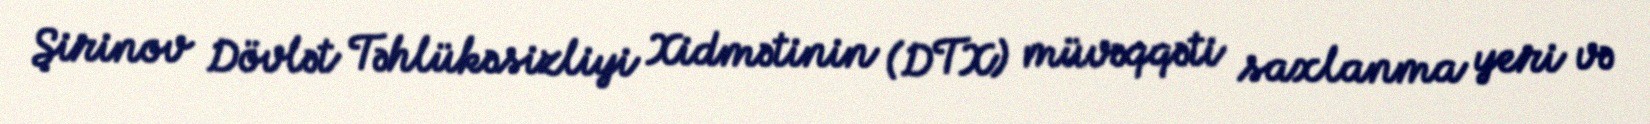
Şirinov Dövlət Təhlükəsizliyi Xidmətinin (DTX) müvəqqəti saxlanma yeri və